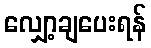
လျှော့ချပေးရန်